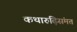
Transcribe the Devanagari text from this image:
कथारुढ़िसंमत